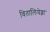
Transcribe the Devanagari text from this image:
वितालियेव्ना